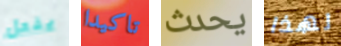
يفعل تاكيدا يحدث لهذا